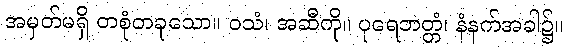
အမှတ်မရှိ တစုံတခုသော။ ဝသံ၊ အဆီကို။ ပုရေဘတ္တံ၊ နံနက်အခါ၌။